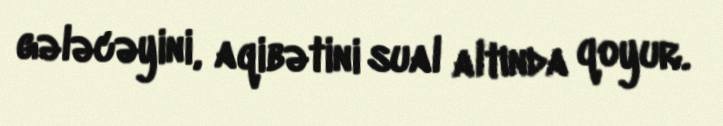
gələcəyini, aqibətini sual altında qoyur.